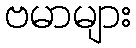
ဗမာများ